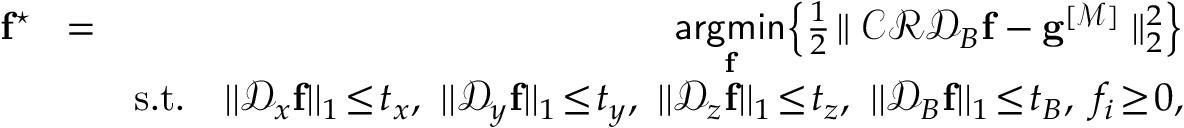
\begin{array} { r l r } { \mathbf { f } ^ { \star } \! } & { = } & { \! \underset { \mathbf { f } } { \mathsf { a r g m i n } } \! \left\{ \frac { 1 } { 2 } \! \parallel \mathcal { C } \mathcal { R } \mathcal { D } _ { B } { \mathbf { f } } - \mathbf { g } ^ { [ \mathcal { M } ] } \parallel _ { 2 } ^ { 2 } \right\} } \\ & { } & { \mathrm { s . t . } \quad | | \mathcal { D } _ { x } { \mathbf { f } } | | _ { 1 } \! \le \! t _ { x } , \, \, | | \mathcal { D } _ { y } { \mathbf { f } } | | _ { 1 } \! \le \! t _ { y } , \, \, | | \mathcal { D } _ { z } { \mathbf { f } } | | _ { 1 } \! \le \! t _ { z } , \, \, | | \mathcal { D } _ { B } { \mathbf { f } } | | _ { 1 } \! \le \! t _ { B } , \, \, f _ { i } \! \ge \! 0 , } \end{array}